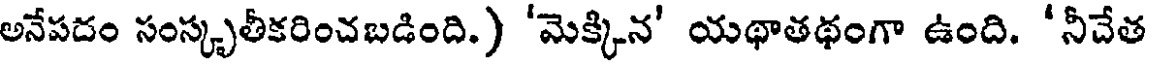
అనేపదం సంస్కృతీకరించబడింది.) 'మెక్కిన' యథాతథంగా ఉంది. 'నీచేత